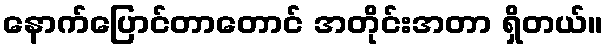
နောက်ပြောင်တာတောင် အတိုင်းအတာ ရှိတယ်။